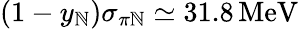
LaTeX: (1-y_{\mathbb{N}})\sigma_{\pi\mathbb{N}}\simeq31.8\, \mathrm{{MeV}}